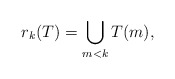
\begin{align*}r_k(T)=\bigcup_{m<k}T(m),\end{align*}